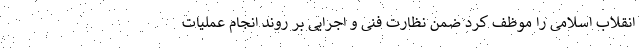
انقلاب اسلامی را موظف کرد ضمن نظارت فنی و اجرایی بر روند انجام عملیات